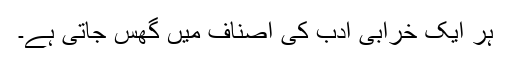
ہر ایک خرابی ادب کی اصناف میں گھس جاتی ہے۔